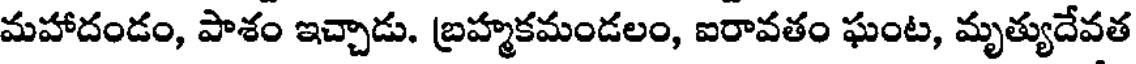
మహాదండం, పాశం ఇచ్చాడు. బ్రహ్మకమండలం, ఐరావతం ఘంట, మృత్యుదేవత